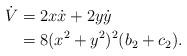
LaTeX: \begin{align*}\dot{V}&=2x\dot{x}+2y\dot{y}\\&=8(x^2+y^2)^2(b_2+c_2).\end{align*}